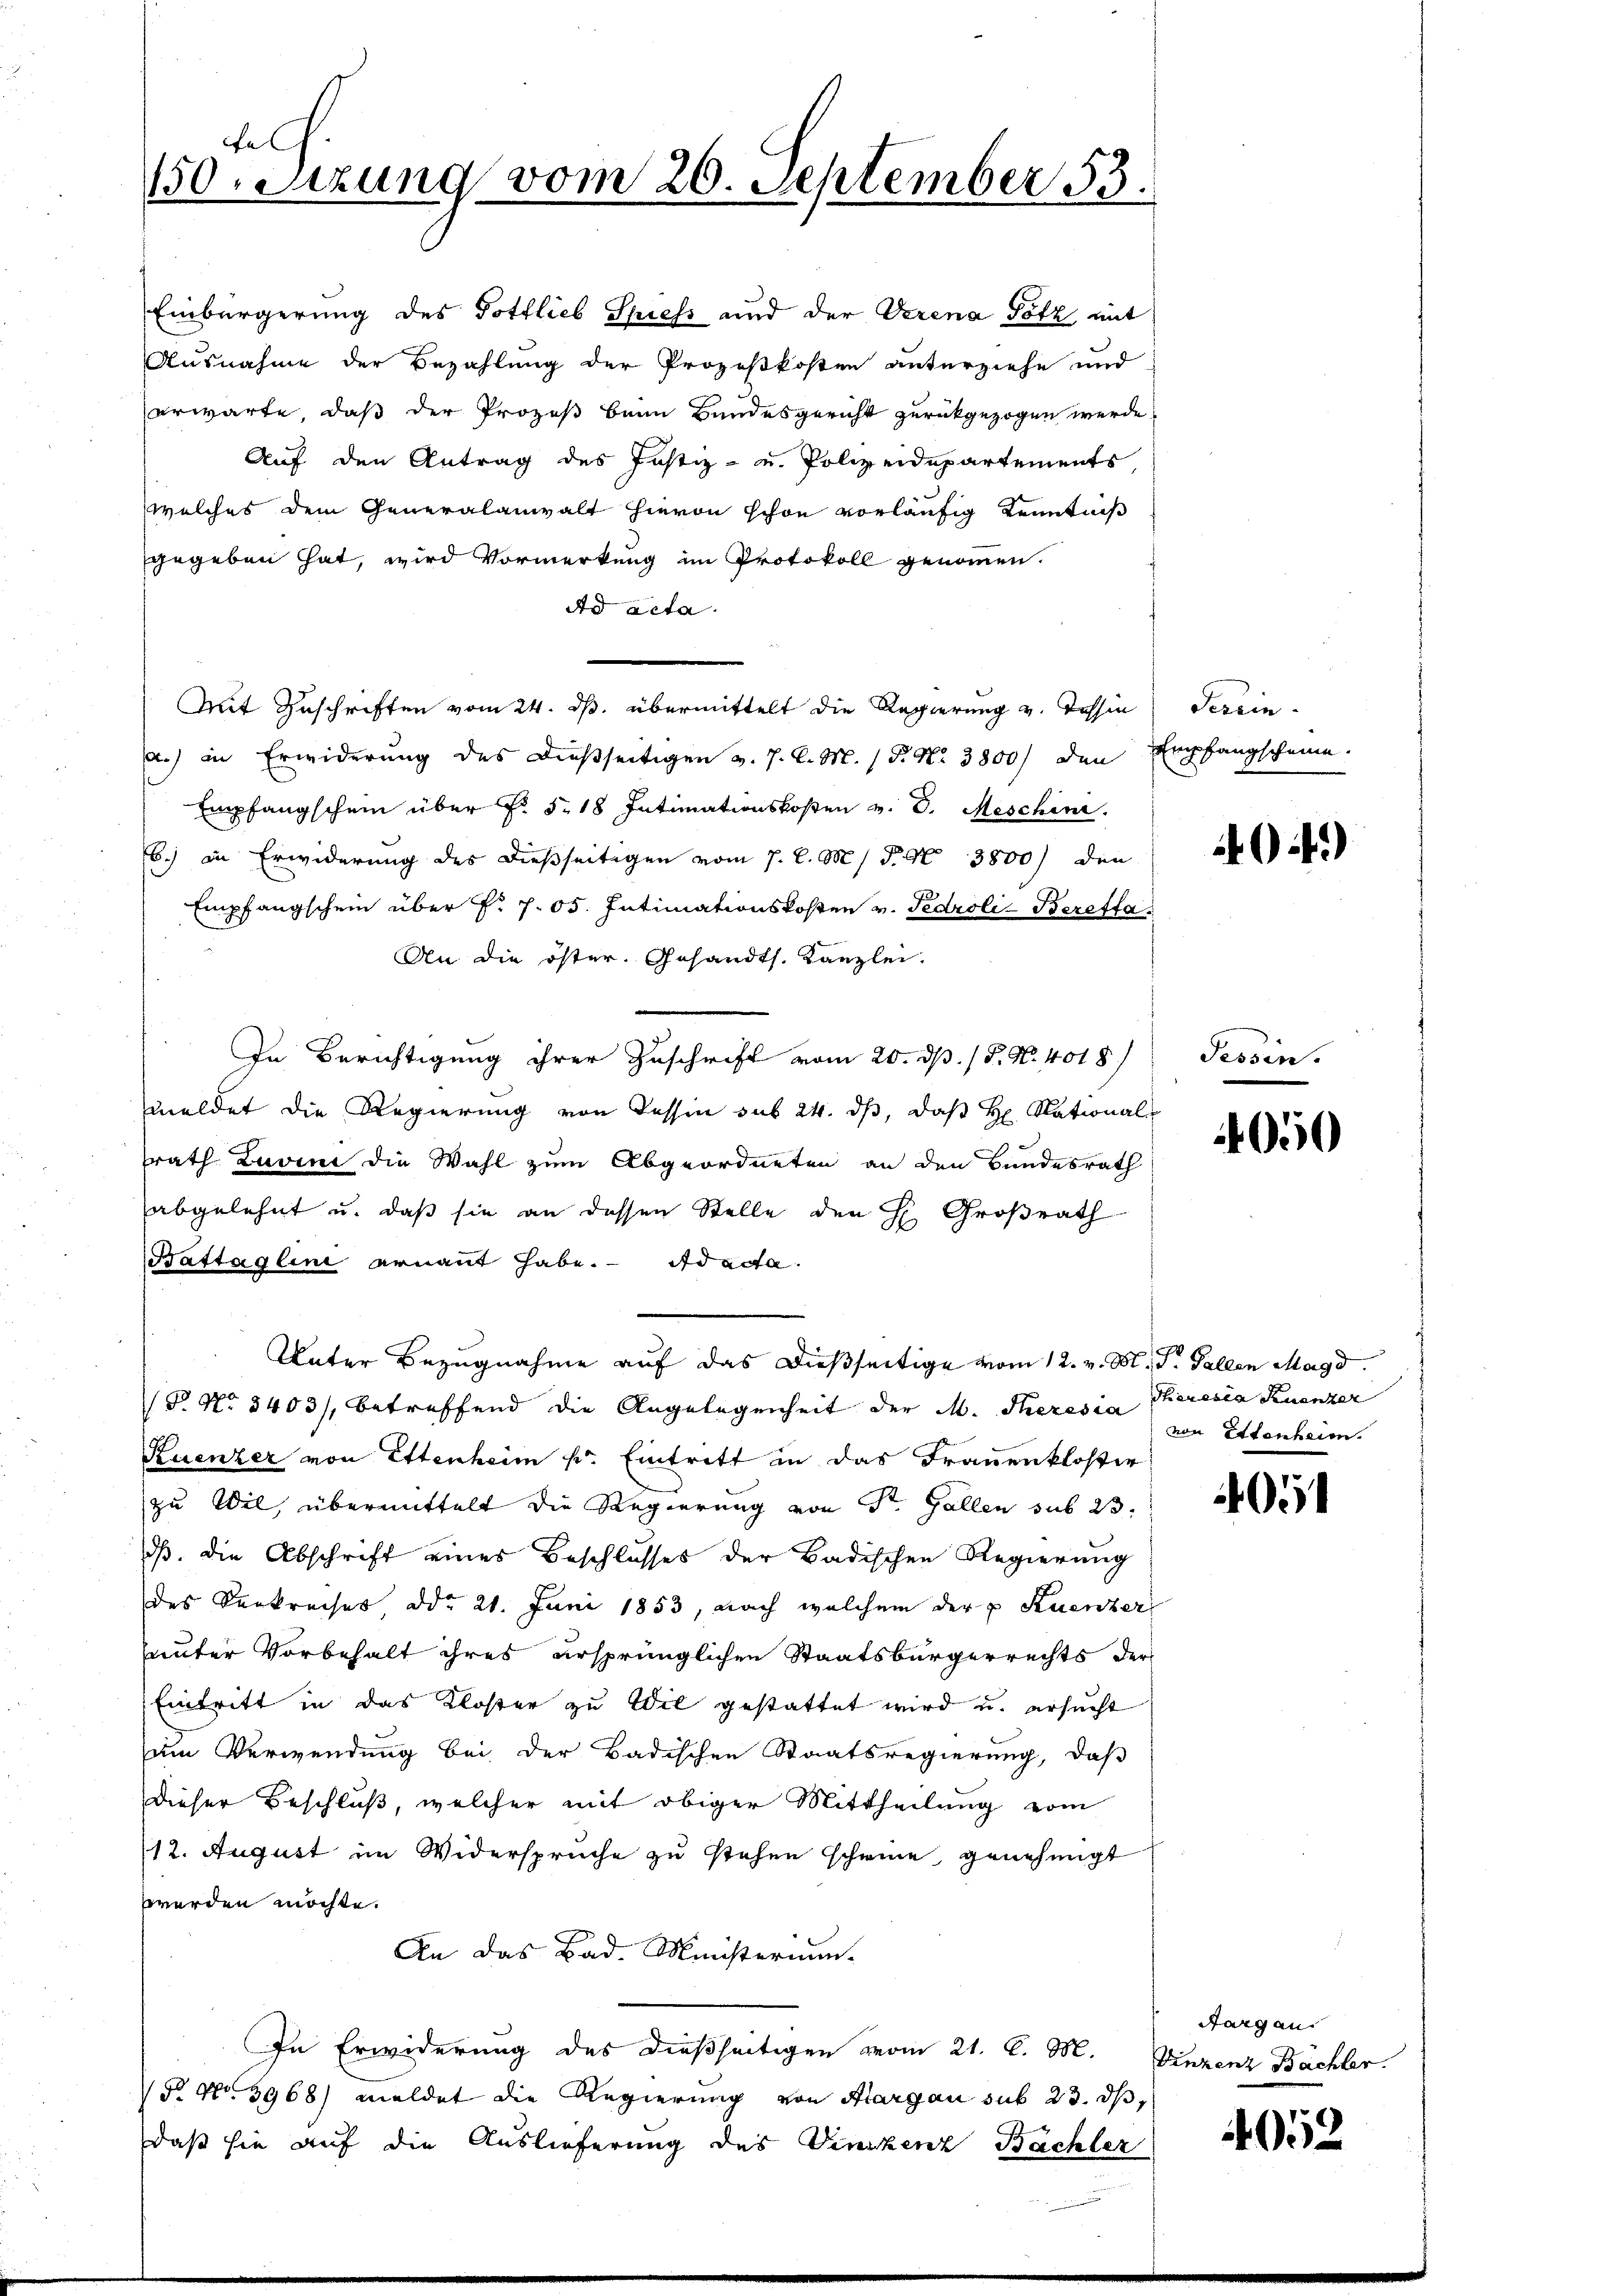
Auf den Antrag des Justiz- u. Polizeidepartements,
welches dem Generalanwalt hievon schon vorläufig Kenntniß
gegeben hat, wird Vormerkung im Protokoll genommen.
Ad acta.
Mit Zuschriften vom 24. ds. übermittelt die Regierung v. Tessin Serein.
a.) in Erwiderung des dießseitigen v. J. C. M. 15. No 3800) den Empfangscheine.
Empfangschein über Fr. 5. 18 Intimationskosten v. J. Meschine.
Eb.) in Erwiderung des dießseitigen vom 7. d. M. P. Nr. 3800) den
Empfangschein über f. 705. Intimationskosten v. Tedroli-Bereffa
An die öster. Gesandts. Kanzlei.
In Berichtigung ihrer Zuschrift vom 20. dß. / P. Nr. 4018/
meldet die Regierung von Tessin sub 24. ds, daß H. National
srath Luvini die Wahl zum Abgeordneten an den Bundesrath
abgelehnt u. daß sie an dessen Stelle den H. Großrath
Bastaglini ernannt habe. ad acta.
Unter Bezugnahme auf das dießseitige vom 12. v. M., S. Gallen Magd.
(P. No 3403/, betreffend die Angelegenheit der M. Theresia Theresia Ruenzer
Ruenzer von Ettenheim k. Eintritt in das Frauenkloster
zu Wil übermittelt die Regierung von St. Gallen sub 23
dß. die Abschrift eines Beschlusses der Badischen Regierung
des Verkreises ddo 21. Juni 1853, nach welchem der v. Kuenzer
unter Vorbehalt ihres ursprünglichen Staatsbürgerrechts der
Eintritt in das Kloster zu Wil gestattet wird u. ersucht
zum Verwendung bei der Badischen Staatsregierung, daß
dieser Beschluß, welcher mit obiger Mittheilung vom
/12. August im Widersprüche zu stehen scheine genehmigt
werden möchte.
An das Bad. Ministerium
In Erwiderung des dießseitigen vom 21. d. M. Vinzenz Bächler.
§. No. 3968) meldet die Regierung von Aargau sub 23. ds,
daß sie auf die Auslieferung des Vinckenz Bachler

eh.
10Sizung vom 20. September 53.

Einbürgerung des Gottlieb Spiess und der Verena Götz mit
Ausnahme der Bezahlung der Prozeßkosten anterziehe und
erwarte, daß der Prozeß beim Bundesgericht zurückgezogen werde,

049)

Tessin.

050

von Ettenheim.

405

Aargau.

4052